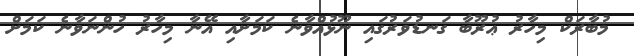
މުބާރަކް މިހާރު ޢުރޫބާ ގަނޑުވަރުގައި ނޫޅުއްވާނެ ކަމަށާއި އޭނާ މިހާރު ހުންނަވާނެ ކަމަށް